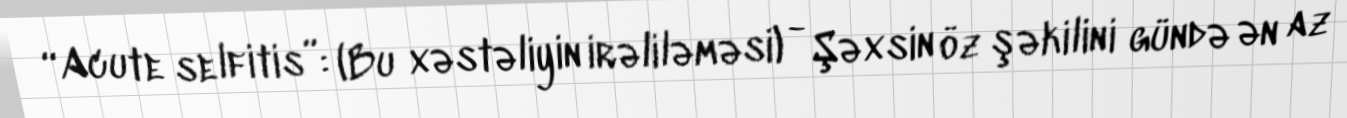
“Acute selfitis”: (Bu xəstəliyin irəliləməsi) - Şəxsin öz şəkilini gündə ən az